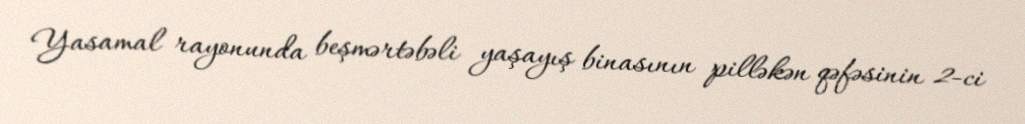
Yasamal rayonunda beşmərtəbəli yaşayış binasının pilləkən qəfəsinin 2-ci